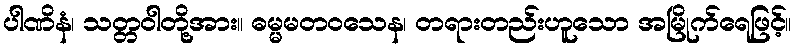
ပါဏိနံ၊ သတ္တဝါတို့အား။ ဓမ္မမတဝသေန၊ တရားတည်းဟူသော အမြိုက်ရေဖြင့်။